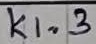
Text: K1.3